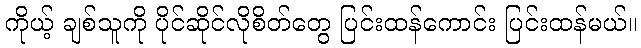
ကိုယ့် ချစ်သူကို ပိုင်ဆိုင်လိုစိတ်တွေ ပြင်းထန်ကောင်း ပြင်းထန်မယ်။